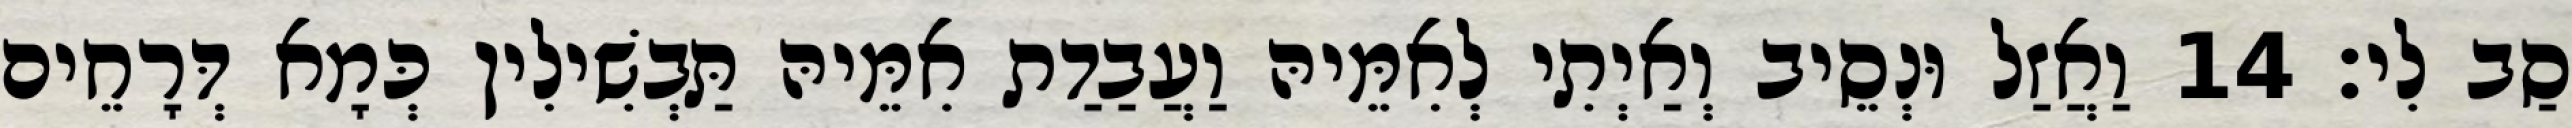
סַב לִי׃ 14 וַאֲזַל וּנְסֵיב וְאַיְתִי לְאִמֵּיהּ וַעֲבַדַת אִמֵּיהּ תַּבְשִׁילִין כְּמָא דְּרָחֵים